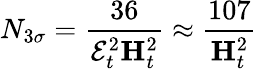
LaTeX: N_{3\sigma}={\frac{36}{{\cal E}_{t}^{2}{\mathbf H}_{t}^{2}}}\approx{\frac{107}{{\mathbf H}_{t}^{2}}}